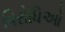
વિરોધિઓ